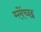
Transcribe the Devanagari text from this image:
म्लेंच्छ